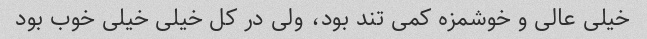
خیلی عالی و خوشمزه کمی تند بود، ولی در کل خیلی خیلی خوب بود